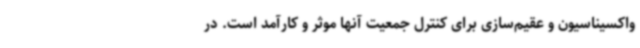
واکسیناسیون و عقیم‌سازی برای کنترل جمعیت آنها موثر و کارآمد است. در